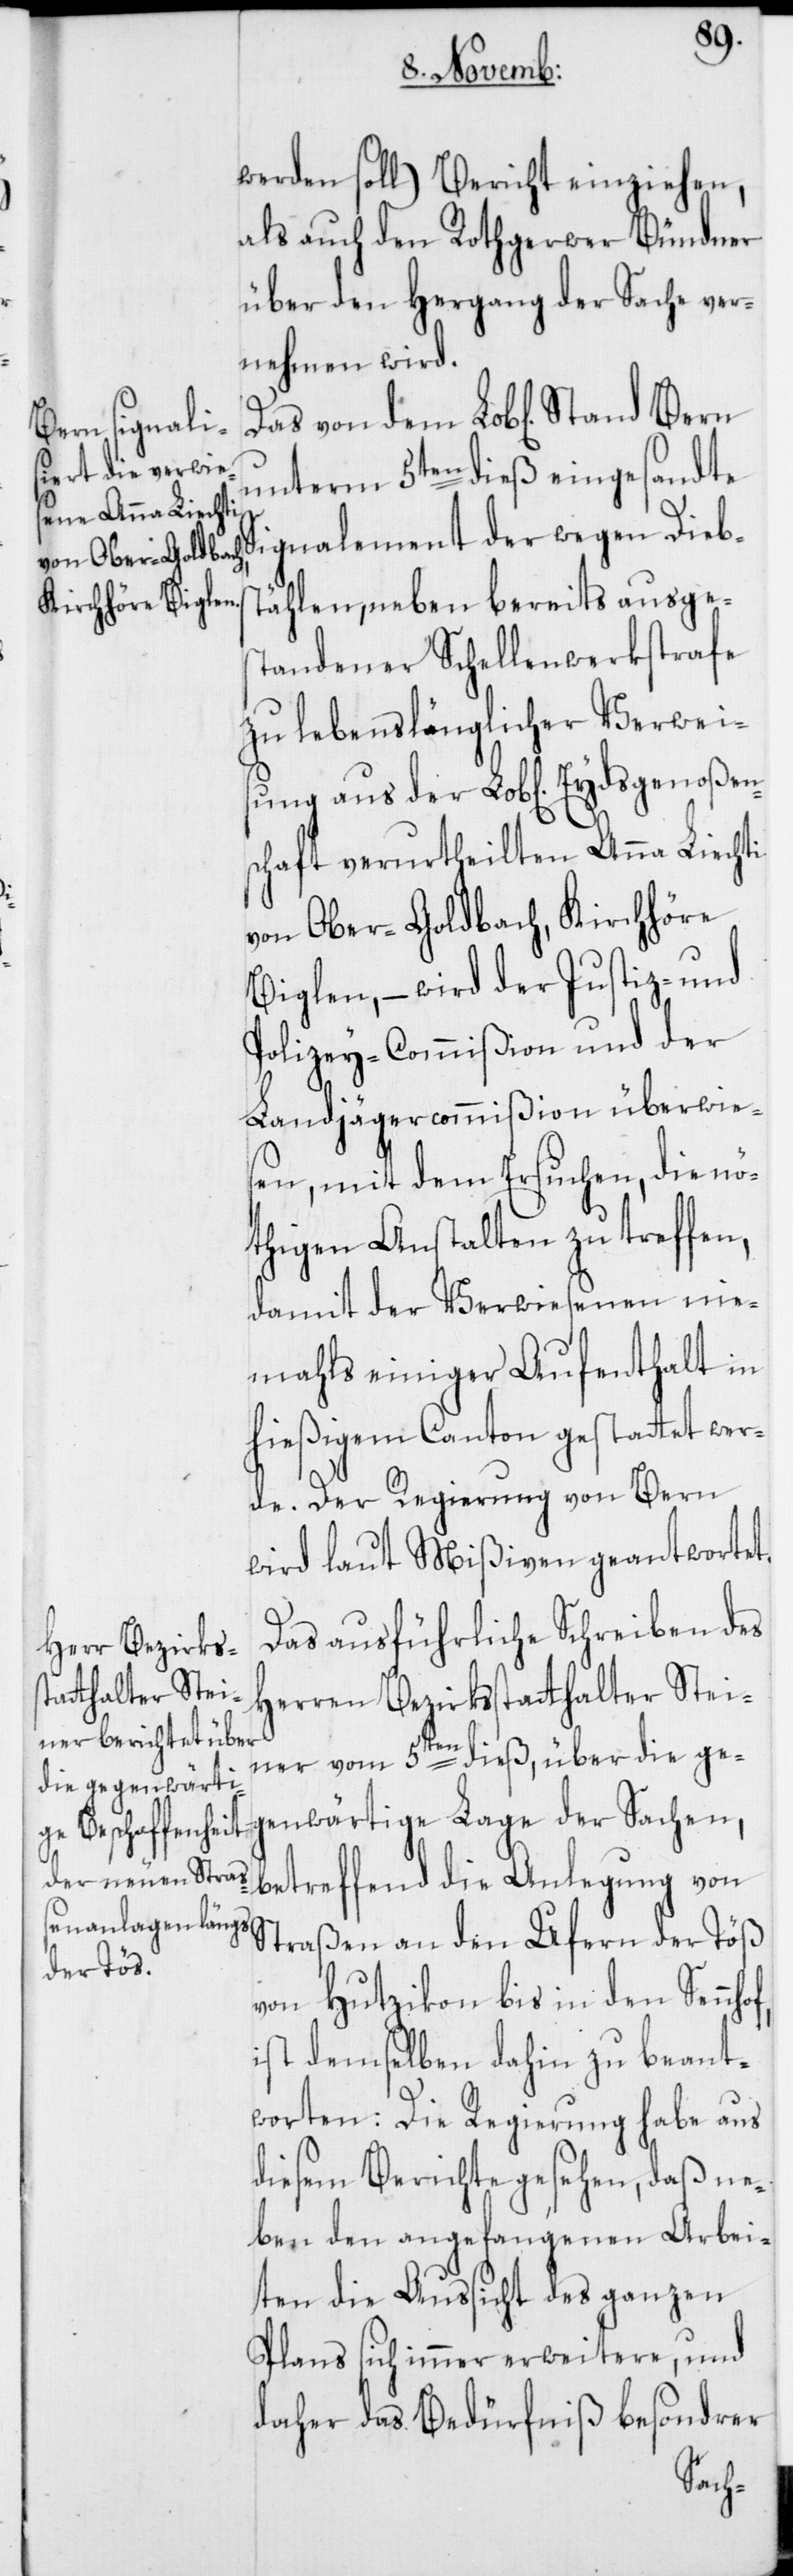
werden soll) Bericht einziehen,
als auch den Rothgerwer Bündner
über den Hergang der Sache ver¬
nehmen wird.
Das von dem Lob[lichen] Stand
unterm 5ten dieß eingesandte
Signalement der wegen Diebs¬
tählen, neben bereits ausges¬
tandener Schwellenwerkstrafe
zu lebenslänglicher Verwei¬
sung aus der Lob[lichen] Eydsgenoßen¬
schaft verurtheilten Anna Liechti
von Ober-Goldbach, Kirchhöre
Biglen, – wird der Justiz- und
Polizey-Commißion und der
Landjägercommißion überwie¬
sen, mit dem Ersuchen, die nö¬
thigen Anstalten zu treffen,
damit der Verwiesenen nie¬
mahls einiger Aufenthalt in
hießigem Canton gestattet wer¬
de. Der Regierung von Bern
wird laut Mißiven geantwortet.
Das ausführliche Schreiben des
Herren Bezirksstatthalter Stei¬
ner vom 5ten dieß, über die ge¬
genwärtige Lage der Sachen,
betreffend die Anlegung von
Straßen an den Ufern der Töß
von Hutzikon bis in den Sennhof,
ist demselben dahin zu beant¬
worten: Die Regierung habe aus
diesem Berichte gesehen, daß ne¬
ben den angefangenen Arbei¬
ten die Aussicht des ganzen
Plans sich immer erweitere, und
daher das Bedürfniß besondrer